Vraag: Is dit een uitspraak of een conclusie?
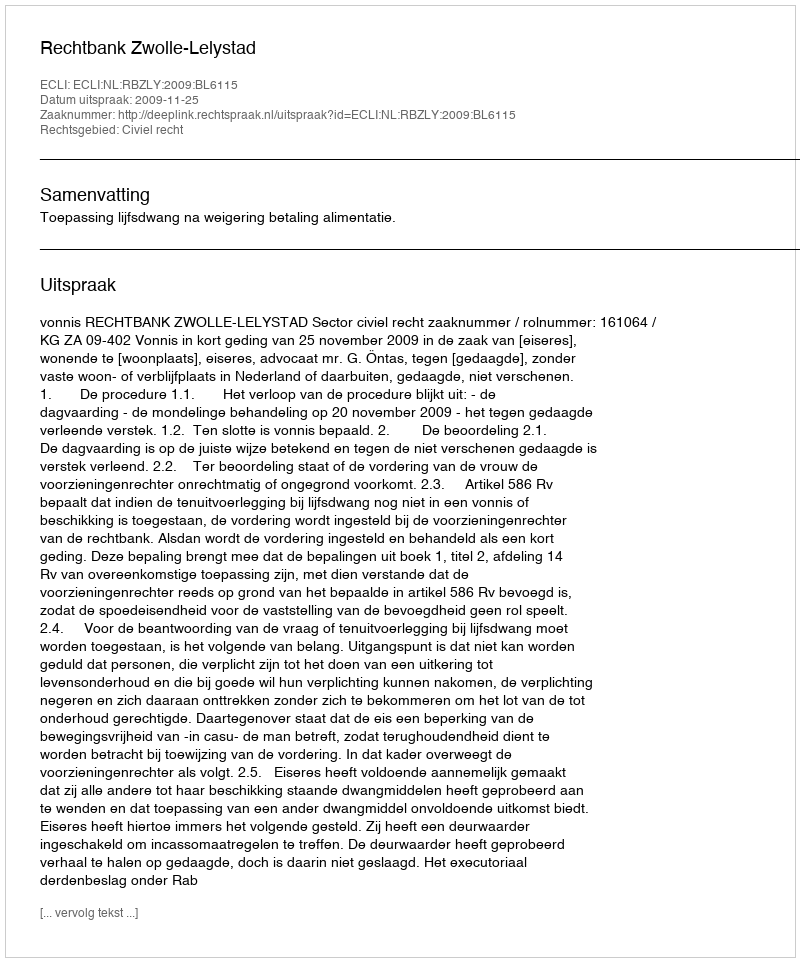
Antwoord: Uitspraak